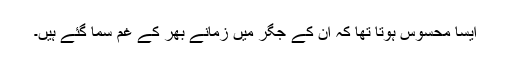
ایسا محسوس ہوتا تھا کہ ان کے جگر میں زمانے بھر کے غم سما گئے ہیں۔